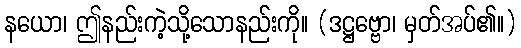
နယော၊ ဤနည်းကဲ့သို့သောနည်းကို။ (ဒဋ္ဌဗ္ဗော၊ မှတ်အပ်၏။)